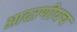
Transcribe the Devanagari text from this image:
आदरणीयच